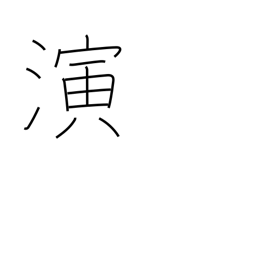
Meaning: act